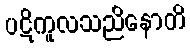
ပဋိကူလသညိနောတိ